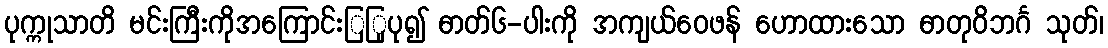
ပုက္ကုသာတိ မင်းကြီးကိုအကြောင်းြြုပု၍ ဓာတ်၆-ပါးကို အကျယ်ဝေဖန် ဟောထားသော ဓာတုဝိဘင်္ဂ သုတ်၊